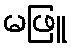
မဖြူ